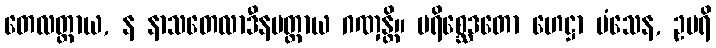
တေလတ္ထာယ, န နာသတေလာဒီနမတ္ထာယ ဂဏှန္တိ။ ပရိစ္ဆေဒတော ဟေဋ္ဌာ မံသေန, ဥပရိ